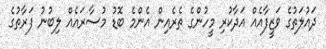
ދައުލަތުގެ ވަޒީފާއެއް އަދާކުރި މީހުންގެ ތެރެއިން އެންމެ ބޮޑު މުސާރައެއް ލިބުނު ފަރާތުގެ